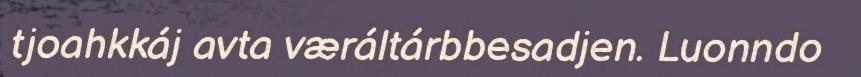
tjoahkkáj avta væráltárbbesadjen. Luonndo